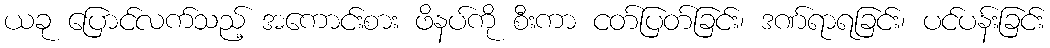
ယခု ပြောင်လက်သည့် အကောင်းစား ဖိနပ်ကို စီးကာ ငတ်ပြတ်ခြင်း၊ ဒဏ်ရာရခြင်း၊ ပင်ပန်းခြင်း